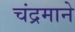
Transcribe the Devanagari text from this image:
चंद्रमाने